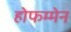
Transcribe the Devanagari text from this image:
होफम्मेन